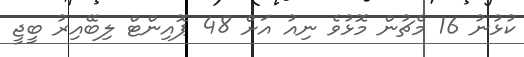
ކުޅުނު 16 މެޗުން މޮޅުވެ ނިއު އަށް 48 ޕޮއިންޓް ލިބޭއިރު ބީޖީ